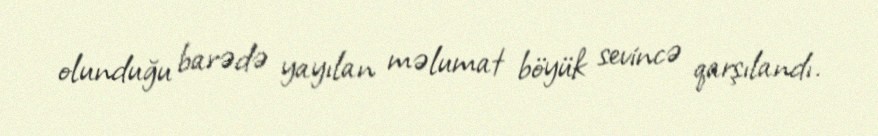
olunduğu barədə yayılan məlumat böyük sevincə qarşılandı.